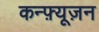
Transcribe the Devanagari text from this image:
कन्फ़्यूज़न